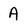
Character: A